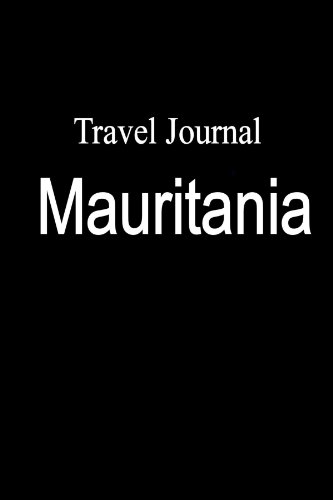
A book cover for Travel Journal Mauritania; E Locken; Travel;